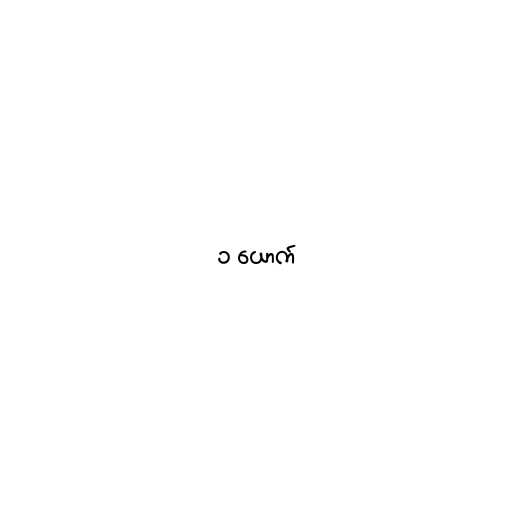
၁ ယောက်